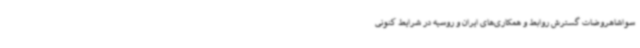
سواشاهروضات گسترش روابط و همکاری‌های ایران و روسیه در شرایط کنونی